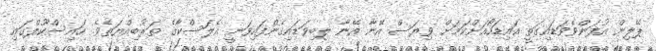
ޕޭލިން އުފަންވެވަޑައިގަތީ އައިޑަހޯއަށްކަމަށް ވިޔަސް އޭނާ އޭނާ ލިބިވަޑައިގެންފައިވަނީ އެލަސްކާގެ ތަރުބިއްޔަތެވެ. ހައިސްކޫލްގައި